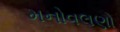
મનોવલણો